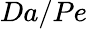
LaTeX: Da/Pe